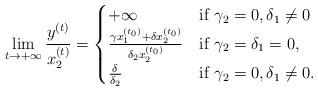
LaTeX: \begin{align*}\lim_{t\rightarrow+\infty}\frac{y^{(t)}}{x_{2}^{(t)}}=\begin{cases}+\infty & \mbox{if }\gamma_{2}=0,\delta_{1}\neq0\\\frac{\gamma x_{1}^{(t_{0})}+\delta x_{2}^{(t_{0})}}{\delta_2x_{2}^{\left(t_{0}\right)}} & \mbox{if }\gamma_{2}=\delta_{1}=0,\\\frac{\delta}{\delta_2} & \mbox{if }\gamma_{2}=0,\delta_{1}\neq0.\end{cases}\end{align*}